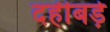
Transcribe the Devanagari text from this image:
दहीबड़े